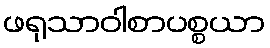
ဖရုသာဝါစာပစ္စယာ